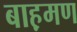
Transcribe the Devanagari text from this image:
बाह़मण